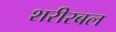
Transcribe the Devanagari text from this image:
शरीरबल